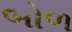
બોળ